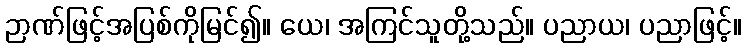
ဉာဏ်ဖြင့်အပြစ်ကိုမြင်၍။ ယေ၊ အကြင်သူတို့သည်။ ပညာယ၊ ပညာဖြင့်။